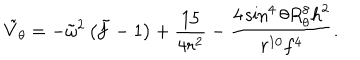
\tilde { V } _ { \theta } = - \tilde { \omega } ^ { 2 } \left( \tilde { f } - 1 \right) + { \frac { 1 5 } { 4 r ^ { 2 } } } - { \frac { 4 \sin ^ { 4 } \theta R _ { \theta } ^ { 8 } { h } ^ { 2 } } { r ^ { 1 0 } f ^ { 4 } } } .